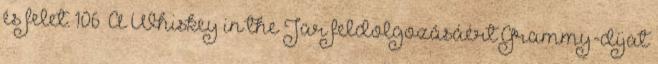
és felet. 106 A Whiskey in the Jar feldolgozásáért Grammy-díjat